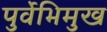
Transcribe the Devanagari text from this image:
पुर्वेभिमुख